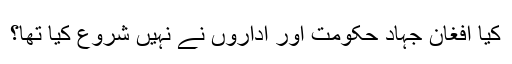
کیا افغان جہاد حکومت اور اداروں نے نہیں شروع کیا تھا؟